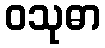
ဝသုဓာ